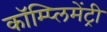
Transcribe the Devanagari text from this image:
कॉम्‍प्‍लिमेंट्री